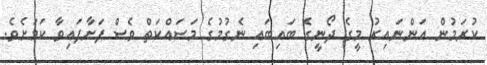
ކުރަމުން އަންނައިރު މީގެ ދޯނީގެ ބައިބައި ނެގުމުގެ މަސައްކަތް ވެސް ފަށާފައިވާ ކަމަށެވެ.